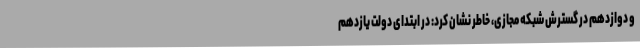
و دوازدهم در گسترش شبکه مجازی، خاطر نشان کرد: در ابتدای دولت یازدهم